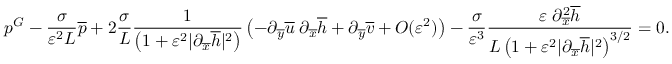
p ^ { G } - \frac { \sigma } { \varepsilon ^ { 2 } L } \overline { { p } } + 2 \frac { \sigma } { L } \frac { 1 } { \left( 1 + \varepsilon ^ { 2 } | \partial _ { \overline { { x } } } \overline { { h } } | ^ { 2 } \right) } \left( - \partial _ { \overline { { y } } } \overline { { u } } \; \partial _ { \overline { { x } } } \overline { { h } } + \partial _ { \overline { { y } } } \overline { { v } } + O ( \varepsilon ^ { 2 } ) \right) - \frac { \sigma } { \varepsilon ^ { 3 } } \frac { \varepsilon \; \partial _ { \overline { { x } } } ^ { 2 } \overline { { h } } } { L \left( 1 + \varepsilon ^ { 2 } | \partial _ { \overline { { x } } } \overline { { h } } | ^ { 2 } \right) ^ { 3 / 2 } } = 0 .